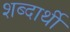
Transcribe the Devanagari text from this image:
शब्दार्थी